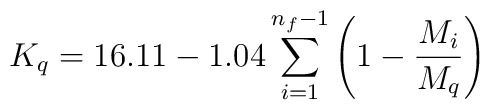
K_q=16.11-1.04 \sum_{i=1}^{n_f-1} \left( 1- \frac{M_i}{M_q}\right)